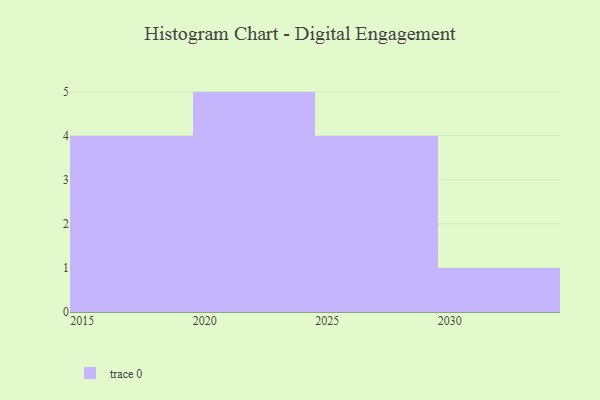
{"axis": {"x": "Year", "y": "Energy Usage (MWh)"}, "legend": [""], "data": [{"x": "2020", "y": 39, "type": ""}, {"x": "2021", "y": 63, "type": ""}, {"x": "2019", "y": 75, "type": ""}, {"x": "2022", "y": 51, "type": ""}, {"x": "2024", "y": 75, "type": ""}, {"x": "2028", "y": 95, "type": ""}, {"x": "2026", "y": 81, "type": ""}, {"x": "2023", "y": 7, "type": ""}, {"x": "2016", "y": 95, "type": ""}, {"x": "2015", "y": 20, "type": ""}, {"x": "2025", "y": 93, "type": ""}, {"x": "2017", "y": 50, "type": ""}, {"x": "2030", "y": 23, "type": ""}, {"x": "2029", "y": 51, "type": ""}]}